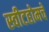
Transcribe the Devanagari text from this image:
स्वीटहोमचे